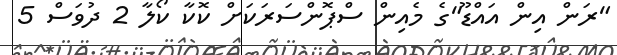
"ރަން އިން އައްޑޫ"ގެ މެއިން ސްޕޮންސަރަކަށް ކޮކާ ކޯލާ 2 ދުވަސް 5